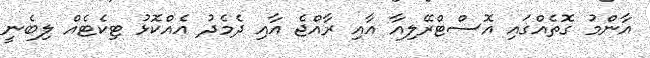
އާންމު ގޮތެއްގައި އޮސްޓްރޭލިއާ އާއި ރާއްޖެ އާއި ދެމެދު އެއްކޮޅު ޓިކެޓެއް ލިބެނީ